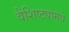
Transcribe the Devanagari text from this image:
वैशिष्ट्यांमधे